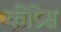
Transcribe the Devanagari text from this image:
कीप्रेस